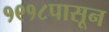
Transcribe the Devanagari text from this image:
१९१८पासून